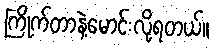
ကြိုက်တာနဲ့မောင်းလို့ရတယ်။